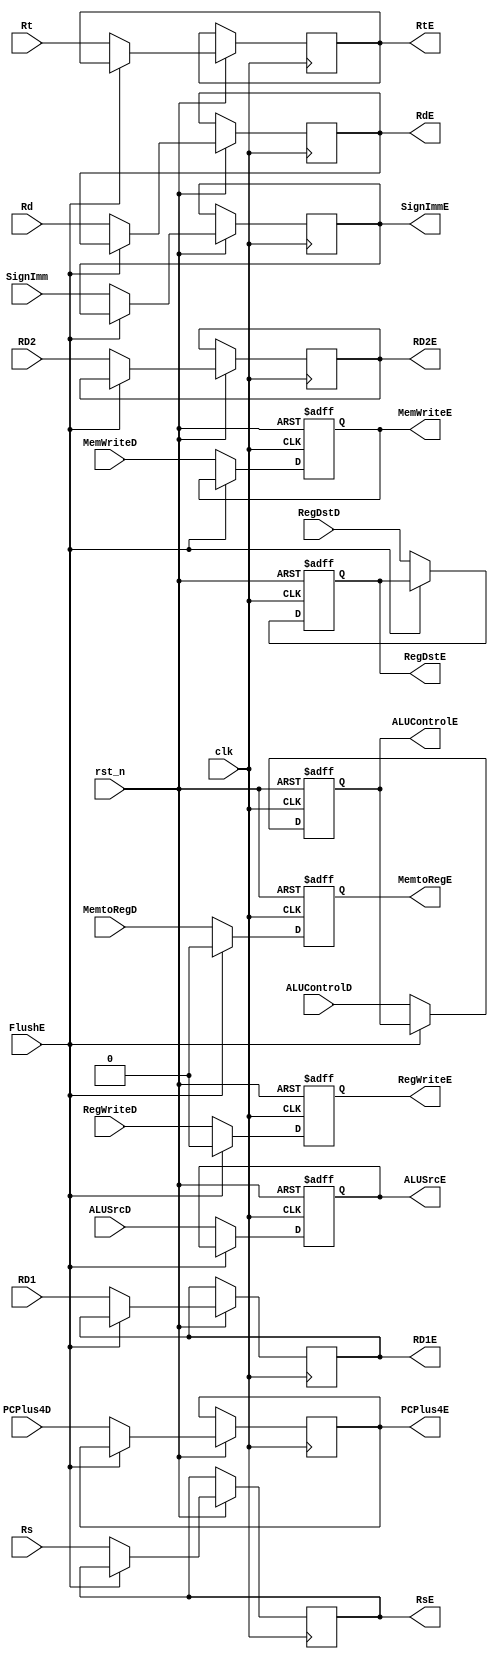
/*

	File name    : ID_EX_Register
	LastEditors  : H
	LastEditTime : 2021-11-03 21:05:45
	Last Version : 1.0
	Description  : Pipeline Stage Register : ID/EX
	
	----------------------------------------------------------------------------------------
	
	Author       : H
	Date         : 2021-11-03 21:05:43
	FilePath     : \MIPS_Pipeline\ID_EX_Register.v
	Copyright 2021 H, All Rights Reserved. 

*/
module ID_EX_Register(
    // System Clock
    input        clk,
    input        rst_n,

    // User Interface
    input       [31:0]  RD1,
    input       [31:0]  RD2,
    input       [4:0]   Rt,
    input       [4:0]   Rs,
    input       [4:0]   Rd,
    input       [31:0]  SignImm,
    input       [31:0]  PCPlus4D,

    output  reg [31:0]  RD1E,
    output  reg [31:0]  RD2E,
    output  reg [4:0]   RtE,
    output  reg [4:0]   RsE,
    output  reg [4:0]   RdE,
    output  reg [31:0]  SignImmE,
    output  reg [31:0]  PCPlus4E,

    // Control Unit Input
    input               RegWriteD,
    input               MemtoRegD,
    input               MemWriteD,
    input               RegDstD,
    input               ALUSrcD,

    input               FlushE,
    input       [2:0]   ALUControlD,
    // WB 
    output  reg         RegWriteE,
    output  reg         MemtoRegE,
    // MEM
    output  reg         MemWriteE,
    // EX
    output  reg         RegDstE,
    output  reg         ALUSrcE,
    output  reg [2:0]   ALUControlE
);
/*******************************************************************************
 *                                 Main Code
*******************************************************************************/

    always @(posedge clk or negedge rst_n ) begin
        if(!rst_n)begin
            RegWriteE   <=  1'b0;
            MemtoRegE   <=  1'b0;
            MemWriteE   <=  1'b0;
            RegDstE     <=  1'b0;
            ALUSrcE     <=  1'b0;
            ALUControlE <= 3'b000;
        end
        else if (FlushE) begin
            RegWriteE   <=  1'b0;
            MemtoRegE   <=  1'b0;
        end
        else begin
            // total 128bits
            RD1E        <= RD1;
            RD2E        <= RD2;
            RtE         <= Rt;
            RsE         <= Rs;
            RdE         <= Rd;
            SignImmE    <= SignImm;
            PCPlus4E    <= PCPlus4D;

            // Control Unit Signal
            RegWriteE   <=  RegWriteD;
            MemtoRegE   <=  MemtoRegD;
            MemWriteE   <=  MemWriteD;
            RegDstE     <=  RegDstD;
            ALUSrcE     <=  ALUSrcD;
            ALUControlE <=  ALUControlD;
        end
    end

endmodule